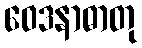
ဝေဒနာဓာတု